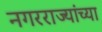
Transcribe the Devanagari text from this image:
नगरराज्यांच्या